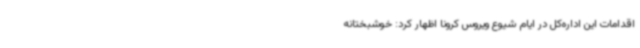
اقدامات این اداره‌کل در ایام شیوع ویروس کرونا اظهار کرد: خوشبختانه